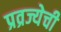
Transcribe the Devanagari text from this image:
प्रव्रज्येची